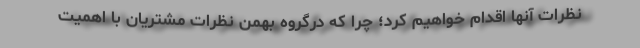
نظرات آنها اقدام خواهیم کرد؛ چرا که درگروه بهمن نظرات مشتریان با اهمیت